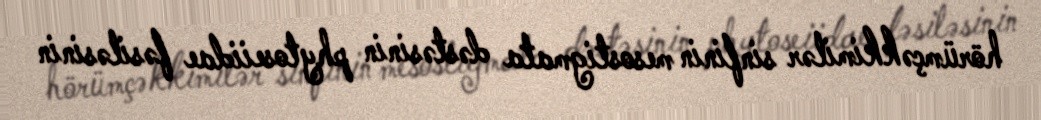
hörümçəkkimilər sinfinin mesostigmata dəstəsinin phytoseiidae fəsiləsinin